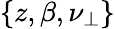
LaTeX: \{ z,\beta,\nu_{\perp}\}